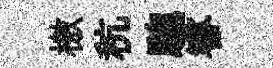
檄秔驄睿